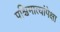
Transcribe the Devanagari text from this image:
पश्चिमात्यांपेक्षा